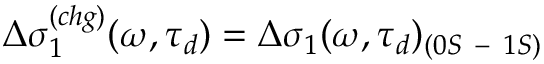
\Delta \sigma _ { 1 } ^ { ( c h g ) } ( \omega , \tau _ { d } ) = \Delta \sigma _ { 1 } ( \omega , \tau _ { d } ) _ { ( 0 S \mathrm { ~ - ~ } 1 S ) }